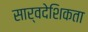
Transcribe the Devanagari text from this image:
सार्वदेशिकता